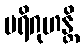
ပရိဂုဟန္တိ